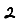
Digit: 2